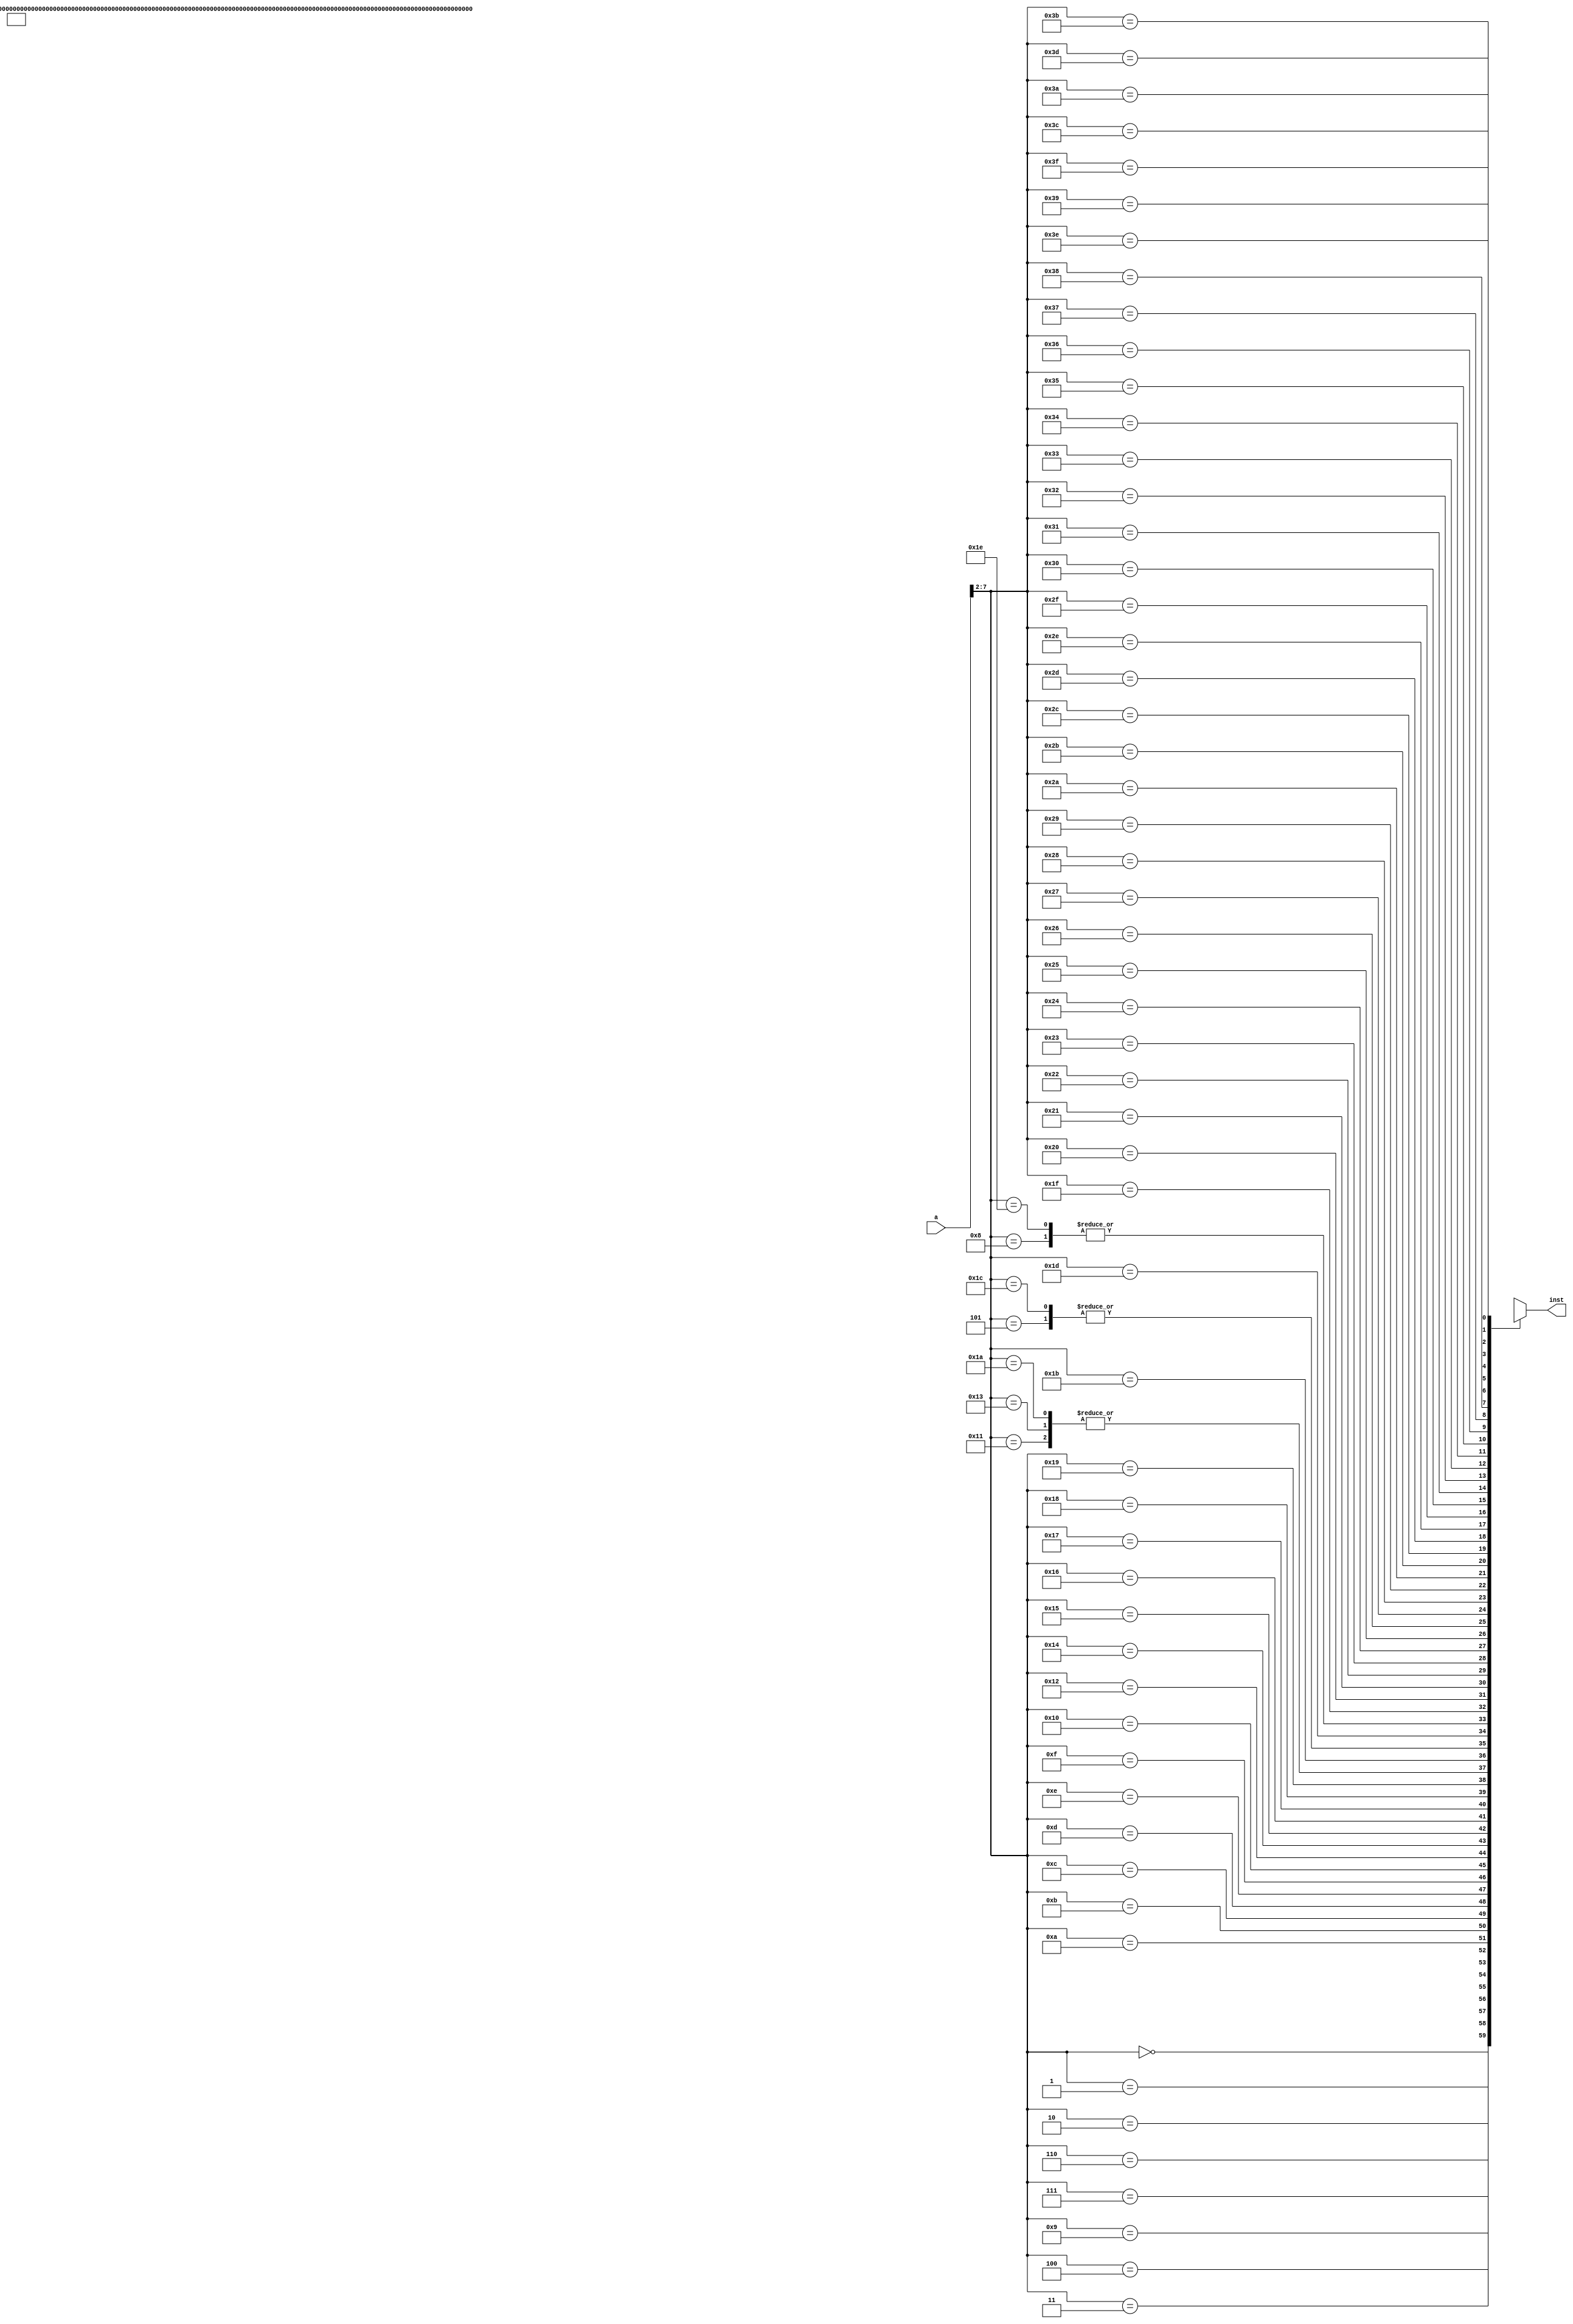
module instruction_memory(a,inst); 
input [31:0] a; 
output [31:0] inst;
wire [31:0] rom [0:63];

assign rom[6'h00] = 32'h3c010000; 
assign rom[6'h01] = 32'h34240050; 
assign rom[6'h02] = 32'h0c00001b; 
assign rom[6'h03] = 32'h20050004; 
assign rom[6'h04] = 32'hac820000; 
assign rom[6'h05] = 32'h8c890000; 
assign rom[6'h06] = 32'h01244022; 
assign rom[6'h07] = 32'h20050003; 
assign rom[6'h08] = 32'h20a5ffff; 
assign rom[6'h09] = 32'h34a8ffff; 
assign rom[6'h0a] = 32'h39085555; 
assign rom[6'h0b] = 32'h2009ffff; 
assign rom[6'h0c] = 32'h312affff; 
assign rom[6'h0d] = 32'h01493025; 
assign rom[6'h0e] = 32'h01494026; 
assign rom[6'h0f] = 32'h01463824; 
assign rom[6'h10] = 32'h10a00003; 
assign rom[6'h11] = 32'h00000000; 
assign rom[6'h12] = 32'h08000008; 
assign rom[6'h13] = 32'h00000000; 
assign rom[6'h14] = 32'h2005ffff; 
assign rom[6'h15] = 32'h000543c0; 
assign rom[6'h16] = 32'h00084400; 
assign rom[6'h17] = 32'h00084403; 
assign rom[6'h18] = 32'h000843c2; 
assign rom[6'h19] = 32'h08000019; 
assign rom[6'h1a] = 32'h00000000; 
assign rom[6'h1b] = 32'h00004020; 
assign rom[6'h1c] = 32'h8c890000; 
assign rom[6'h1d] = 32'h01094020; 
assign rom[6'h1e] = 32'h20a5ffff; 
assign rom[6'h1f] = 32'h14a0fffc; 
assign rom[6'h20] = 32'h20840004; 
assign rom[6'h21] = 32'h03e00008; 
assign rom[6'h22] = 32'h00081000; 
assign inst = rom[a[7:2]]; 
endmodule